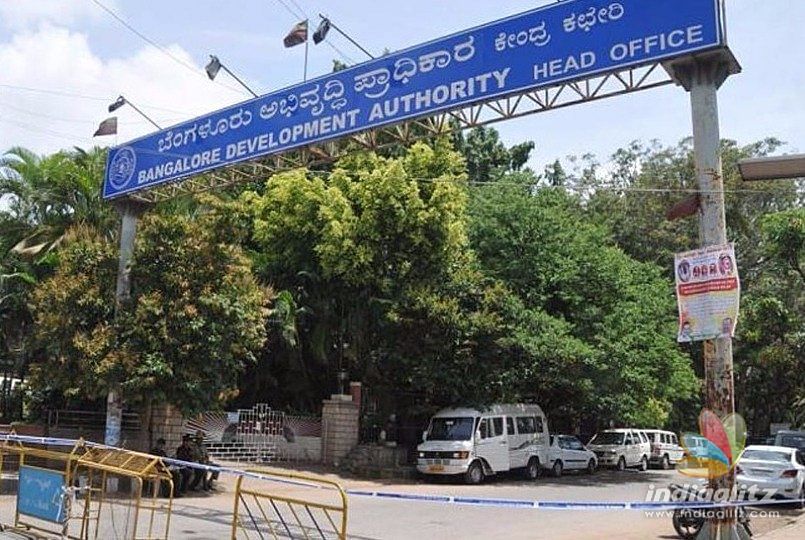
Language: kannada
Transcription: ಬೆಂಗಳೂರು ಪ್ರಾಧಿಕಾರ ಕೇಂದ್ರ ಅಭಿವೃದ್ಧಿ